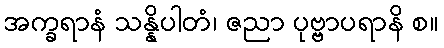
အက္ခရာနံ သန္နိပါတံ၊ ဇညာ ပုဗ္ဗာပရာနိ စ။